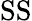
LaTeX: \mathrm{SS}